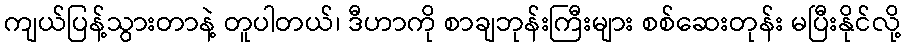
ကျယ်ပြန့်သွားတာနဲ့ တူပါတယ်၊ ဒီဟာကို စာချဘုန်းကြီးများ စစ်ဆေးတုန်း မပြီးနိုင်လို့